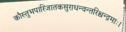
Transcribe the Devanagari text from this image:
कौस्तुभपारिजातकसुराधन्वन्तरिश्चन्द्रमाः।